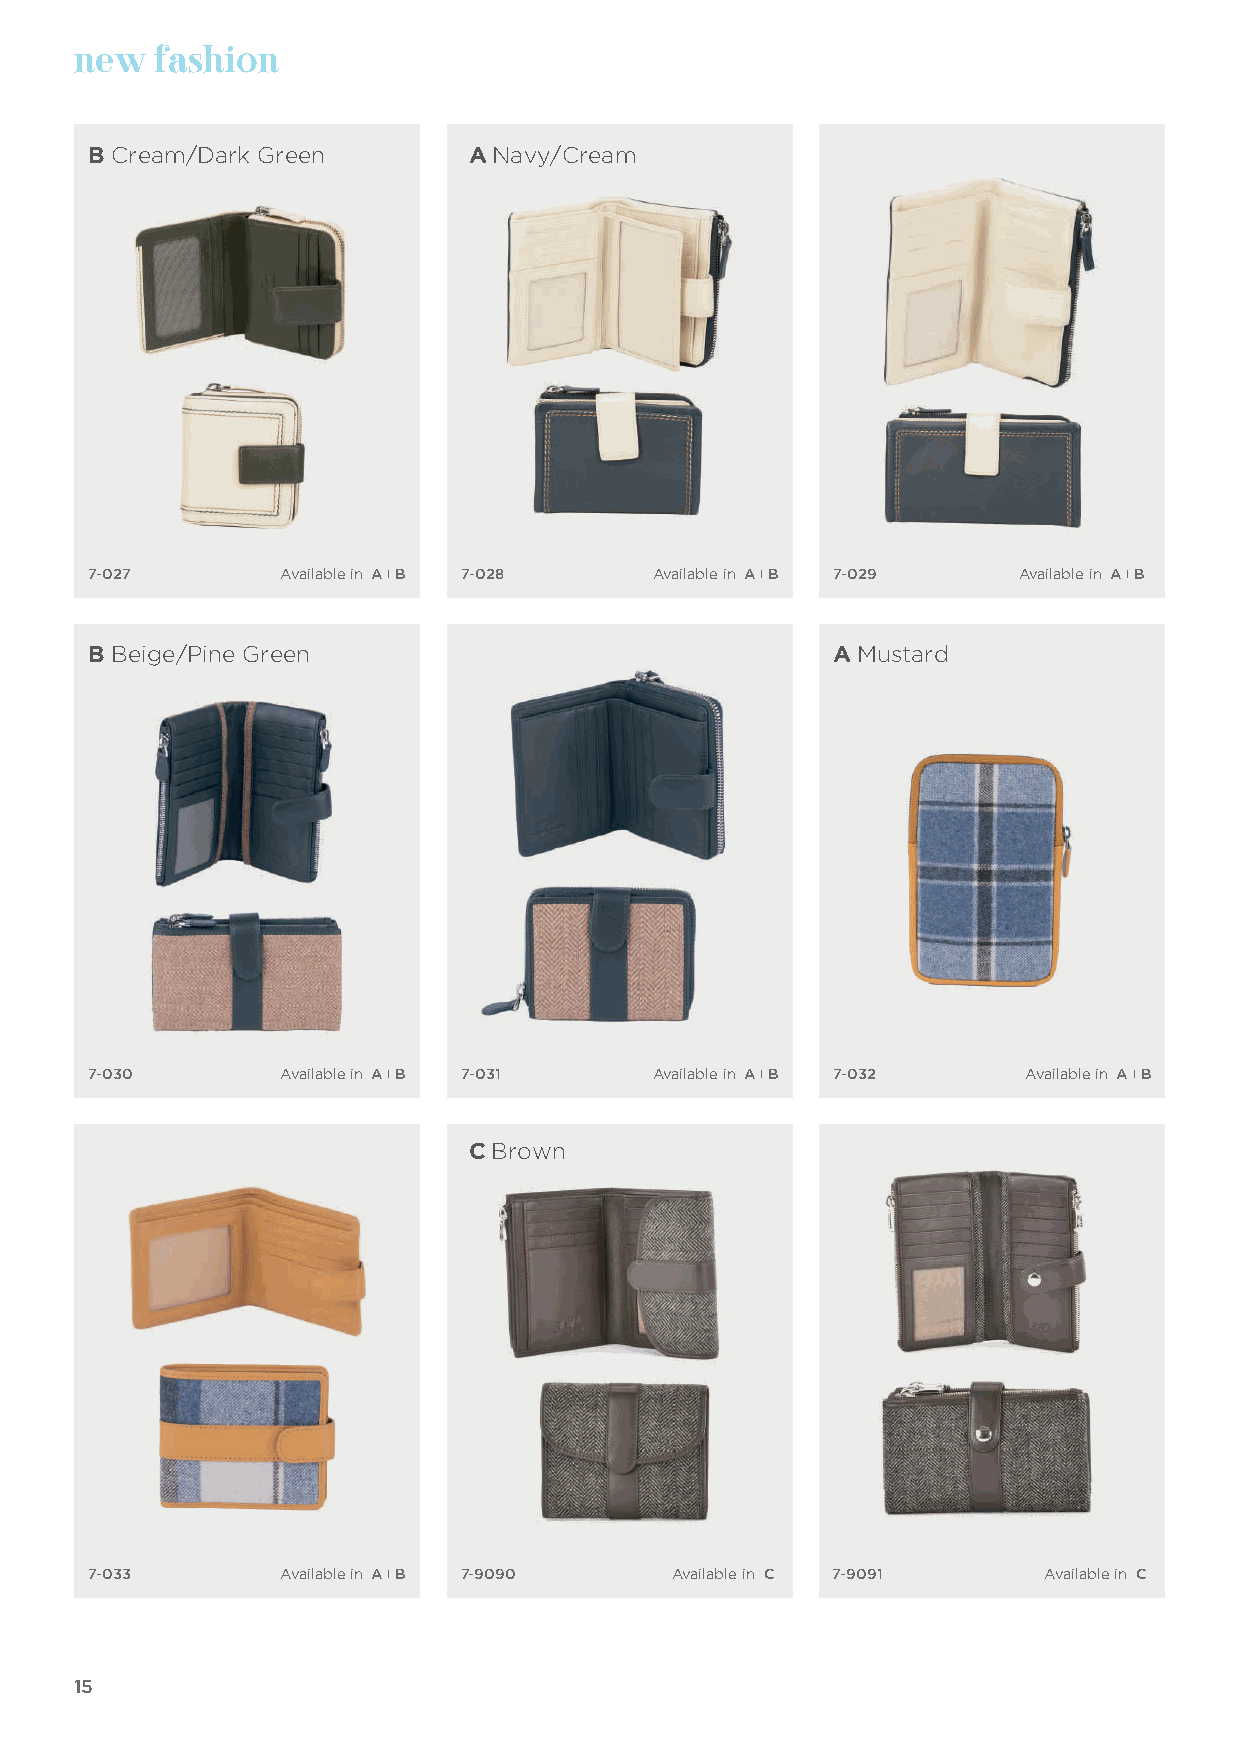
new  fashion
 B Cream/Dark Green       A Navy/Cream
 7-027        Available in A I B 7-028 Available in A I B 7-029 Available in A I B
 B Beige/Pine Green                               A Mustard
 7-030        Available in A I B 7-031 Available in A I B 7-032 Available in A I B
 C Brown
 7-033        Available in A I B 7-9090 Available in C 7-9091   Available in C
 15